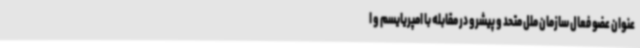
عنوان عضو فعال سازمان ملل متحد و پیشرو در مقابله با امپریایسم و ا